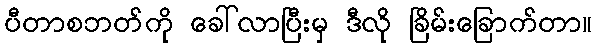
ပီတာစဘတ်ကို ခေါ်လာပြီးမှ ဒီလို ခြိမ်းခြောက်တာ။